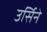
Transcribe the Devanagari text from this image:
उर्सिने